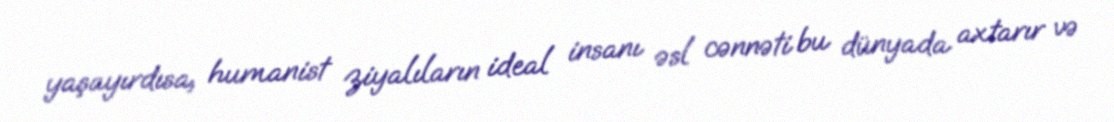
yaşayırdısa, humanist ziyalıların ideal insanı əsl cənnəti bu dünyada axtarır və